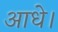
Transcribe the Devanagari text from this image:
आधे।